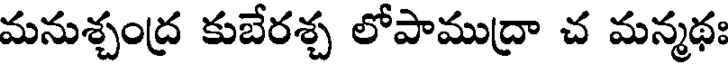
మనుశ్చంద్ర కుబేరశ్చ లోపాముద్రా చ మన్మథః